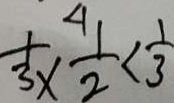
\frac { 1 } { 3 } \times \frac { 1 } { 2 } < \frac { 1 } { 3 }